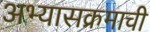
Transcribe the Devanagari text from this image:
अभ्‍यासक्रमाची